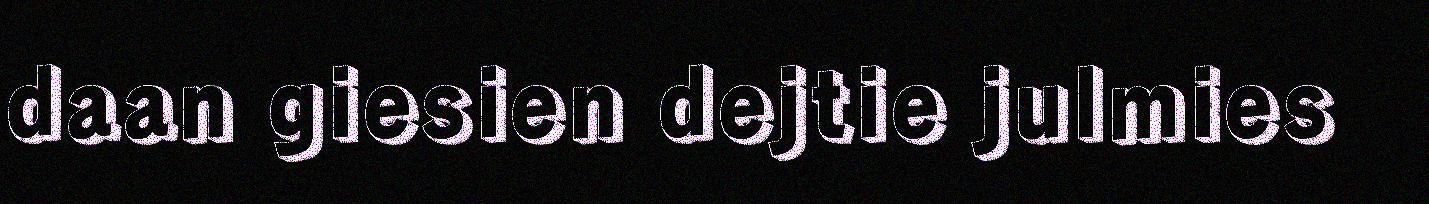
daan giesien dejtie julmies